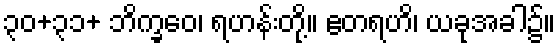
၃၀+၃၁+ ဘိက္ခဝေ၊ ရဟန်းတို့။ ဧတရဟိ၊ ယခုအခါ၌။